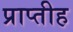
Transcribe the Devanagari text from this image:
प्राप्तीह